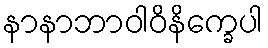
နာနာဘာဝါဝိနိက္ခေပါ